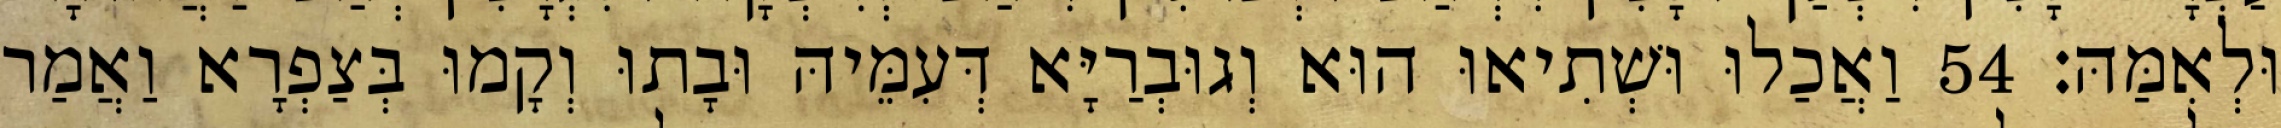
וּלְאִמַּהּ׃ 54 וַאֲכַלוּ וּשְׁתִיאוּ הוּא וְגוּבְרַיָּא דְּעִמֵּיהּ וּבָתוּ וְקָמוּ בְּצַפְרָא וַאֲמַר